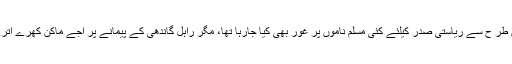
اس طر ح سے ریاستی صدر کیلئے کئی مسلم ناموں پر غور بھی کیا جارہا تھا، مگر راہل گاندھی کے پیمانے پر اجے ماکن کھرے اترے۔